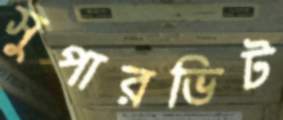
সুপারভিট